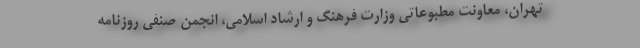
تهران، معاونت مطبوعاتی وزارت فرهنگ و ارشاد اسلامی، انجمن صنفی روزنامه